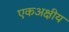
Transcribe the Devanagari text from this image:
एकअक्षीय